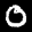
Digit: 0